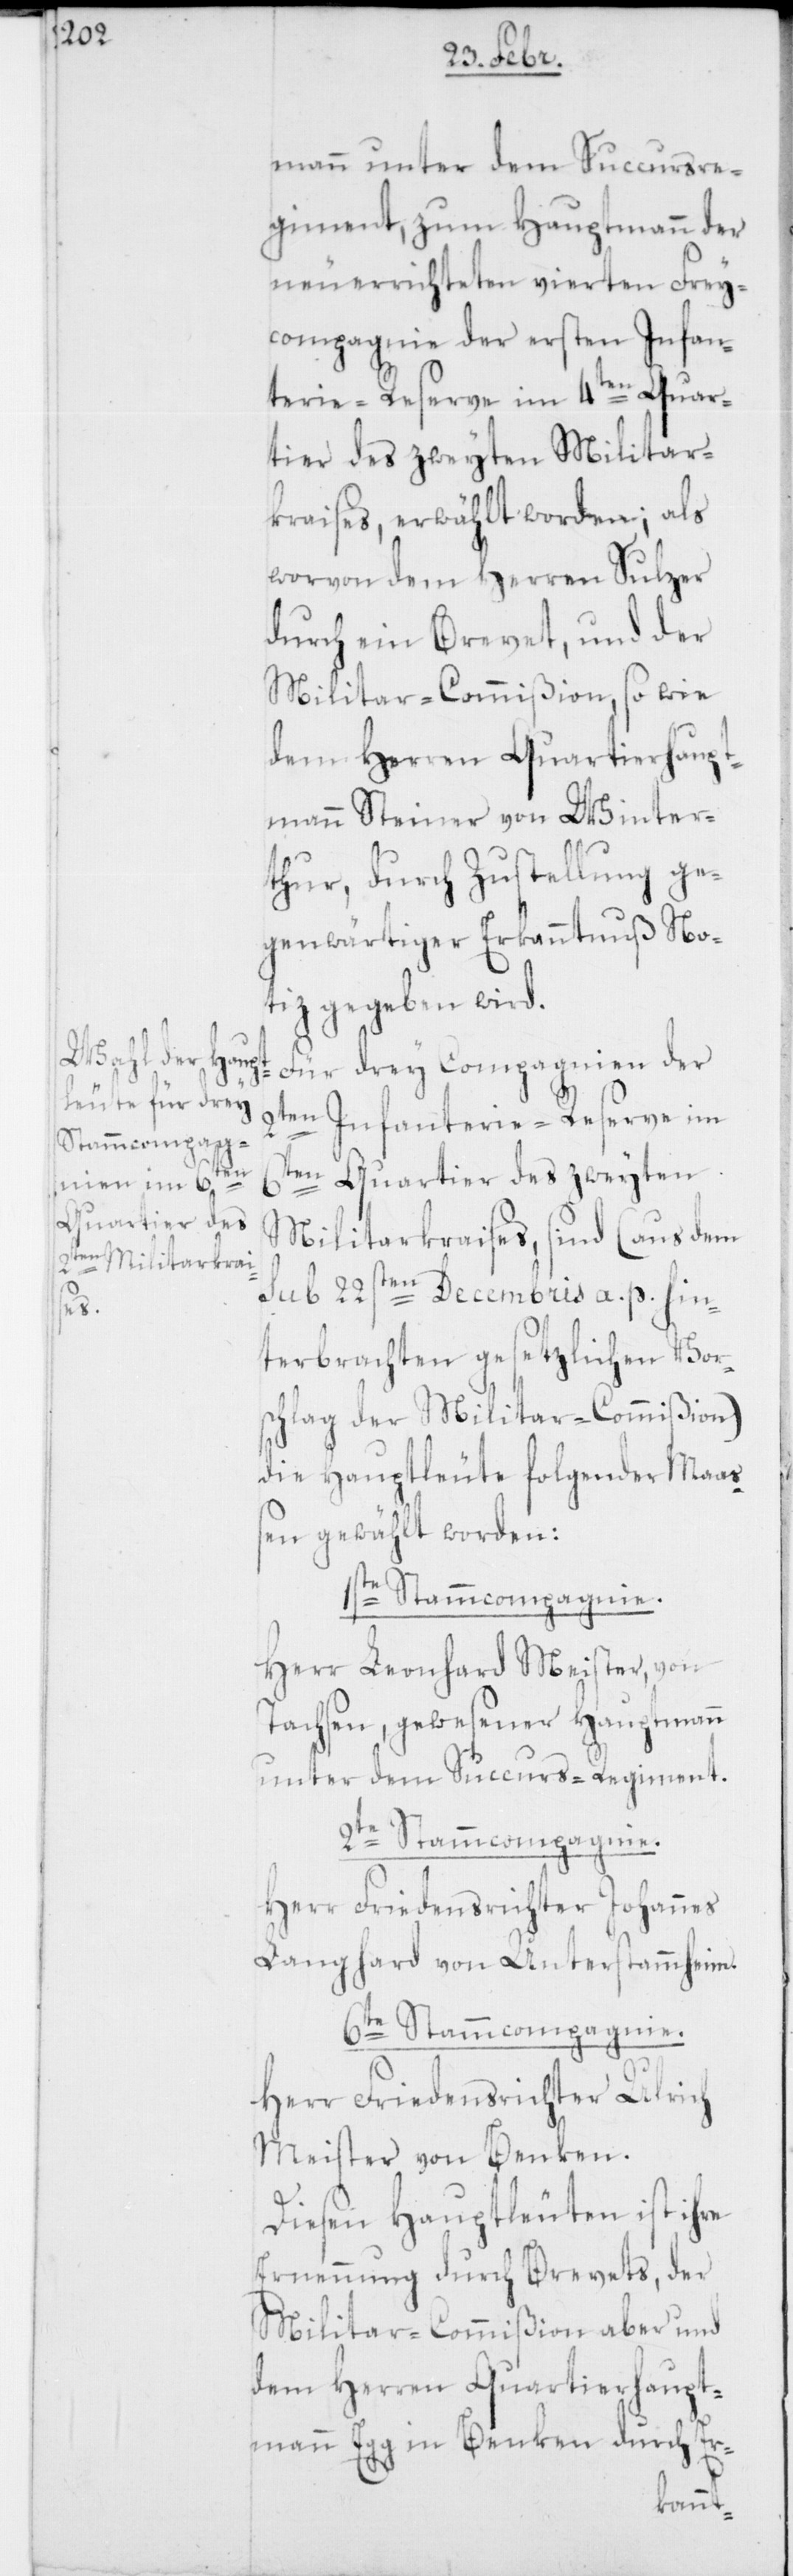
mann unter dem Succursre¬
giment, zum Hauptmann der
neuerrichteten vierten Frey¬
compagnie der ersten Infan¬
terie-Reserve im 4ten Quar¬
tier des zweyten Militar¬
kreises, erwählt worden; als
worvon dem Herren Sulzer
durch ein Brevet, und der
Militar-Commißion, sowie
dem Herren Quartierhaupt¬
mann Steiner von Winter¬
thur, durch Zustellung ge¬
genwärtiger Erkanntnuß No¬
tiz gegeben wird.
Für drey Compagnien der
2ten Infanterie-Reserve im
6ten Quartier des zweyten
Militarkreises, sind (aus dem
sub 22sten Decembris a. p. hin¬
terbrachten gesetzlichen Vor¬
schlag der Militar-Commißion)
die Hauptleute folgender Maaß¬
en gewählt worden:
1ste Stammcompagnie.
Herr Leonhard Meister, von
Dachsen, gewesener Hauptmann
unter dem Succurs-Regiment.
2te Stammcompagnie.
Herr Friedensrichter Johannes
Langhard von Unterstammheim.
6te Stammcompagnie.
Herr Friedensrichter Ulrich
Meister von Benken.
Diesen Hauptleuten ist ihre
Ernennung durch Brevets, der
Militar-Commißion aber und
dem Herren Quartierhaupt¬
mann Egg in Benken durch Er-